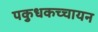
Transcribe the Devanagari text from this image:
पकुधकच्चायन